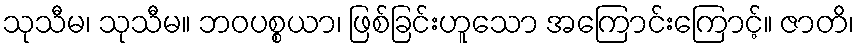
သုသီမ၊ သုသီမ။ ဘဝပစ္စယာ၊ ဖြစ်ခြင်းဟူသော အကြောင်းကြောင့်။ ဇာတိ၊